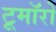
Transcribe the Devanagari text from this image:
टूमॉरो